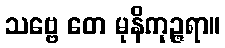
သဗ္ဗေ တေ မုနိကုဉ္ဇရာ။